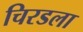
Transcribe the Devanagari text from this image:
चिरडला